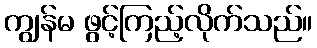
ကျွန်မ ဖွင့်ကြည့်လိုက်သည်။